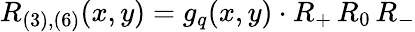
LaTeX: R_{(3),(6)}(x,y)=g_{q}(x,y)\cdot R_{+}\, R_{0}\, R_{-}